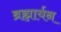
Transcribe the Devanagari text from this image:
ब्रह्मार्यन